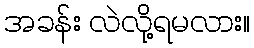
အခန်း လဲလို့ရမလား။